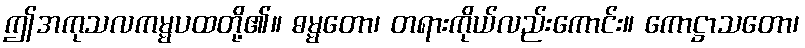
ဤအကုသလကမ္မပထတို့၏။ ဓမ္မတော၊ တရားကိုယ်လည်းကောင်း။ ကောဋ္ဌာသတော၊